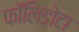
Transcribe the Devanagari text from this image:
फॉलिडोटा